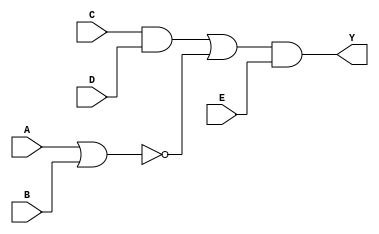
module sample_circuit(A,B,C,D,E,Y);

input A,B,C,D,E;
output Y;
wire W1,W2,W3,W4;

or o1(W1,A,B);
and a1(W2,C,D);
not n1(W3,W1);
or o2(W4,W2,W3);
and a2(Y,W4,E);

endmodule